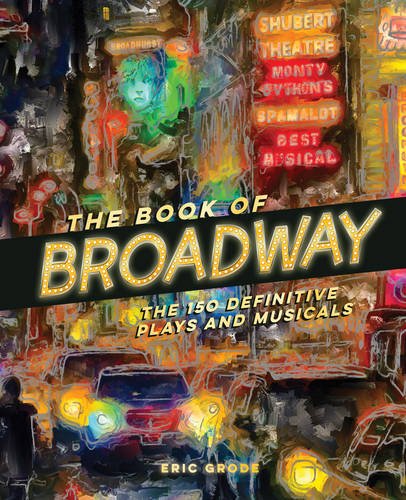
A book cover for The Book of Broadway: The 150 Definitive Plays and Musicals; Eric Grode; Humor & Entertainment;